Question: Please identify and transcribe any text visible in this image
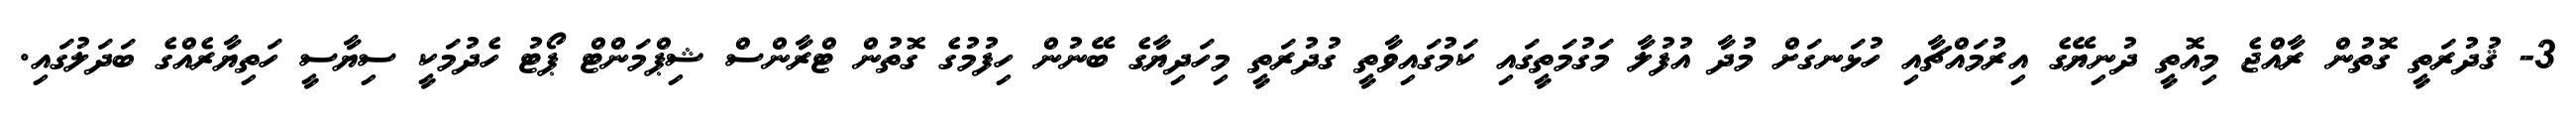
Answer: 3- ޤުދުރަތީ ގޮތުން ރާއްޖެ މިއޮތީ ދުނިޔޭގެ އިރުމައްޗާއި ހުޅަނގަށް މުދާ އުފުލާ މަގުމަތީގައި ކަމުގައިވާތީ ގުދުރަތީ މިހަދިޔާގެ ބޭނުން ހިފުމުގެ ގޮތުން ޓްރާންސް ޝިޕްމަންޓް ޕޯޓު ހެދުމަކީ ސިޔާސީ ހަތިޔާރެއްގެ ބަދަލުގައި.